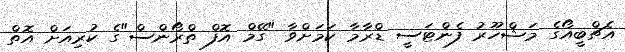
އެޗްބީއޯގެ މަޝްހޫރު ފެންޓަސީ ޑްރާމާ ކަމަށްވާ "ގޭމް އޮފް ތްރޯންސް"ގެ ކުރިއަށް އޮތް